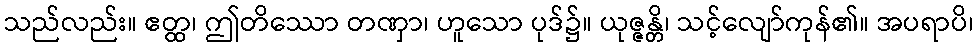
သည်လည်း။ ဧတ္ထ၊ ဤတိဿော တဏှာ၊ ဟူသော ပုဒ်၌။ ယုဇ္ဇန္တိ၊ သင့်လျော်ကုန်၏။ အပရာပိ၊